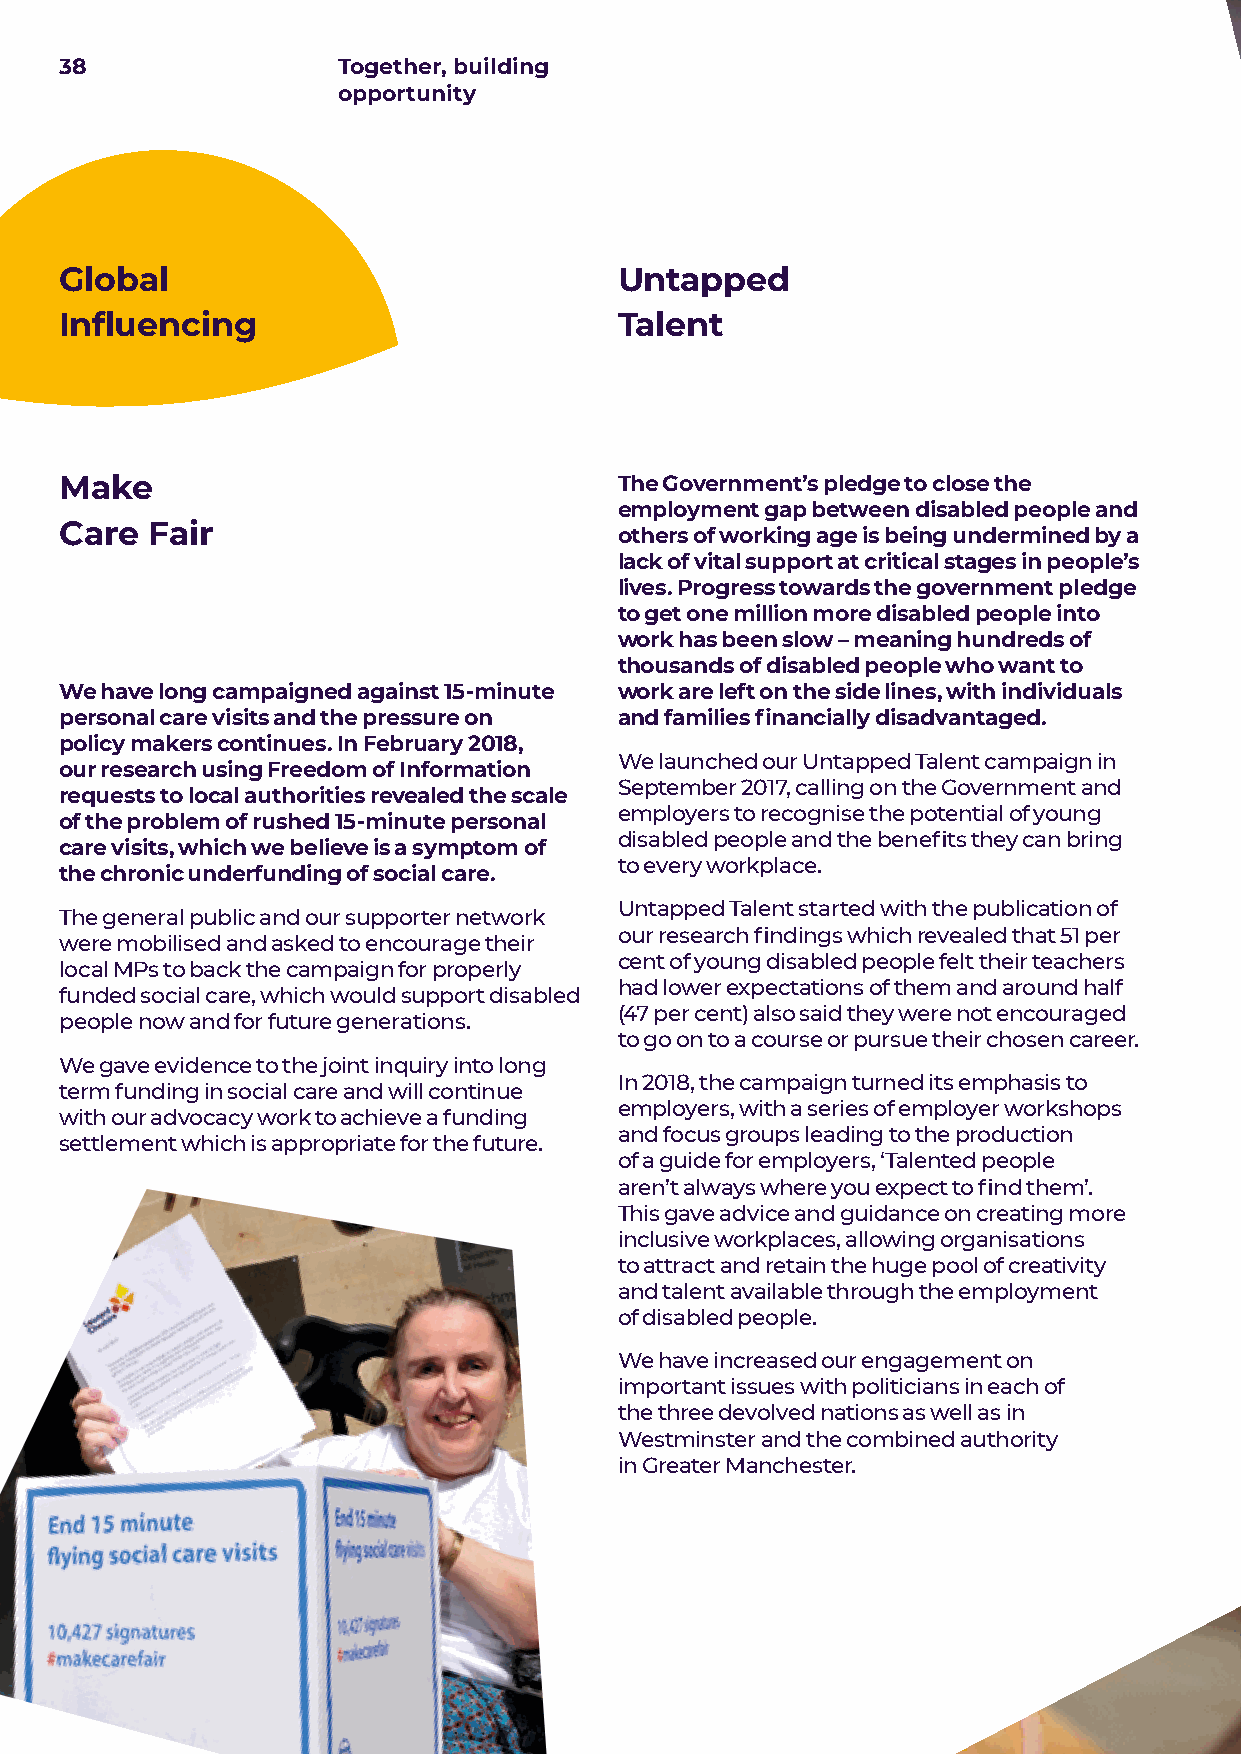
38                Together, building
 opportunity
 Global                               Untapped
 Influencing                          Talent
 Make                                 The Government’s pledge to close the
 employment gap between disabled people and
 Care  Fair
 others of working age is being undermined by a
 lack of vital support at critical stages in people’s
 lives. Progress towards the government pledge
 to get one million more disabled people into
 work has been slow – meaning hundreds of
 thousands of disabled people who want to
 We have long campaigned against 15-minute work are left on the side lines, with individuals
 personal care visits and the pressure on and families financially disadvantaged.
 policy makers continues. In February 2018,
 We launched our Untapped Talent campaign in
 our research using Freedom of Information
 September 2017, calling on the Government and
 requests to local authorities revealed the scale
 employers to recognise the potential of young
 of the problem of rushed 15-minute personal
 disabled people and the benefits they can bring
 care visits, which we believe is a symptom of
 to every workplace.
 the chronic underfunding of social care.
 Untapped Talent started with the publication of
 The general public and our supporter network
 our research findings which revealed that 51 per
 were mobilised and asked to encourage their
 cent of young disabled people felt their teachers
 local MPs to back the campaign for properly
 had lower expectations of them and around half
 funded social care, which would support disabled
 (47 per cent) also said they were not encouraged
 people now and for future generations.
 to go on to a course or pursue their chosen career.
 We gave evidence to the joint inquiry into long
 In 2018, the campaign turned its emphasis to
 term funding in social care and will continue
 employers, with a series of employer workshops
 with our advocacy work to achieve a funding
 and focus groups leading to the production
 settlement which is appropriate for the future.
 of a guide for employers, ‘Talented people
 aren’t always where you expect to find them’.
 This gave advice and guidance on creating more
 inclusive workplaces, allowing organisations
 to attract and retain the huge pool of creativity
 and talent available through the employment
 of disabled people.
 We have increased our engagement on
 important issues with politicians in each of
 the three devolved nations as well as in
 Westminster and the combined authority
 in Greater Manchester.